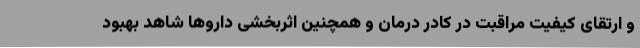
و ارتقای کیفیت مراقبت در کادر درمان و همچنین اثربخشی داروها شاهد بهبود